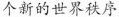
个新的世界秩序。